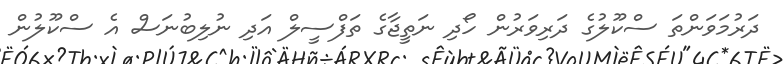
ދަރުމަވަންތަ ސްކޫލުގެ ދަރިވަރުން ހޯދި ނަތީޖާގެ ތަފްސީލް އަދި ނުލިބުނަސް އެ ސްކޫލުން